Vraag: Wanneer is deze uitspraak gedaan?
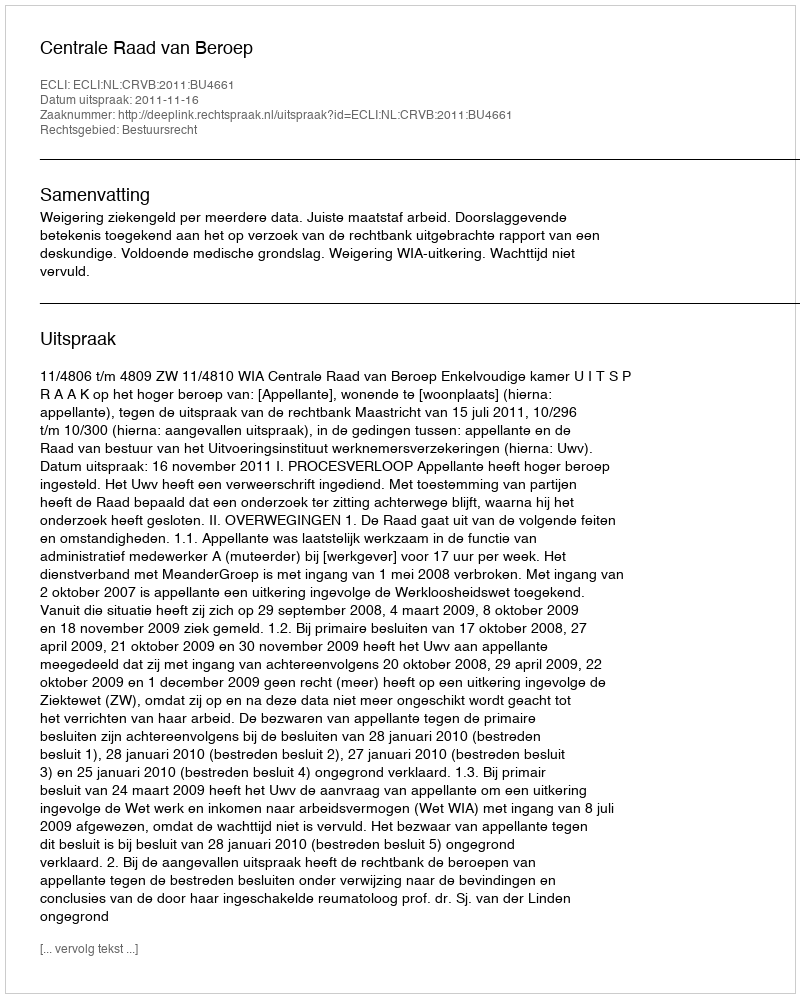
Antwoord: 2011-11-16